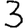
Digit: 3